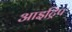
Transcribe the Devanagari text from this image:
आइट्रिप